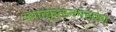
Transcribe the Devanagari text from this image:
जगत्कृत्स्नमसक्ता